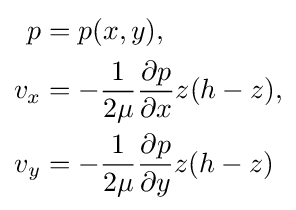
{\begin{aligned}p&=p(x,y),\\v_{x}&=-{\frac {1}{2\mu }}{\frac {\partial p}{\partial x}}z(h-z),\\v_{y}&=-{\frac {1}{2\mu }}{\frac {\partial p}{\partial y}}z(h-z)\end{aligned}}